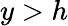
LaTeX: y>h